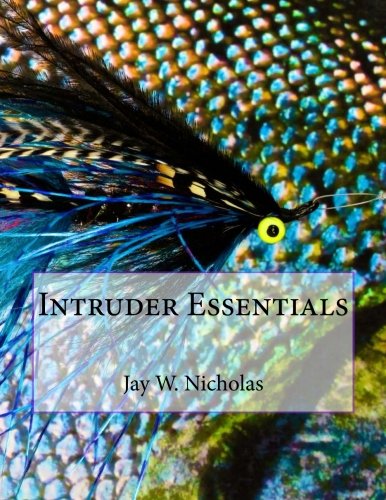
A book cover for Intruder Essentials; Jay W. Nicholas; Sports & Outdoors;